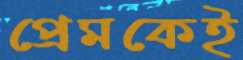
প্রেমকেই